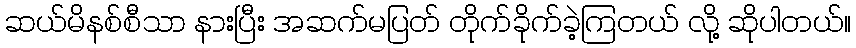
ဆယ်မိနစ်စီသာ နားပြီး အဆက်မပြတ် တိုက်ခိုက်ခဲ့ကြတယ် လို့ ဆိုပါတယ်။